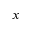
x